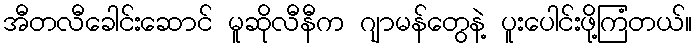
အီတလီခေါင်းဆောင် မူဆိုလီနီက ဂျာမန်တွေနဲ့ ပူးပေါင်းဖို့ကြံတယ်။